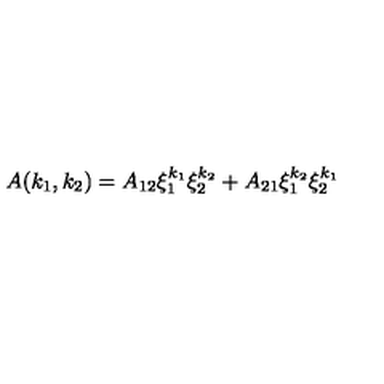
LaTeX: A ( k _ { 1 } , k _ { 2 } ) = A _ { 1 2 } \xi _ { 1 } ^ { k _ { 1 } } \xi _ { 2 } ^ { k _ { 2 } } + A _ { 2 1 } \xi _ { 1 } ^ { k _ { 2 } } \xi _ { 2 } ^ { k _ { 1 } }